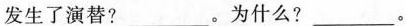
发生了演替？___。为什么？___。